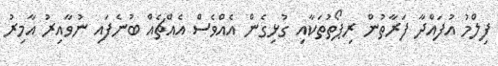
ފިލްމު އުފައްދާ ފަރާތުން ރިޕޯތުތަކާއި ގުޅިގެން އެއްވެސް އެއްޗެއް ބުނެފައި ނުވާއިރު އާމިރު